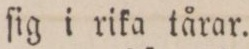
ſig i rika tårar.